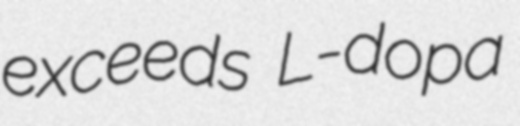
exceeds L-dopa